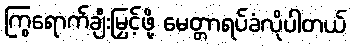
ကြွရောက်ချီးမြှင့်ဖို့ မေတ္တာရပ်ခံလိုပါတယ်